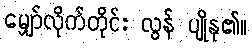
မျှော်လိုက်တိုင်း လွန် ပျိုနု၏။